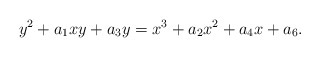
\begin{align*}y^2 + a_1xy + a_3y = x^3 + a_2x^2 + a_4x + a_6.\end{align*}